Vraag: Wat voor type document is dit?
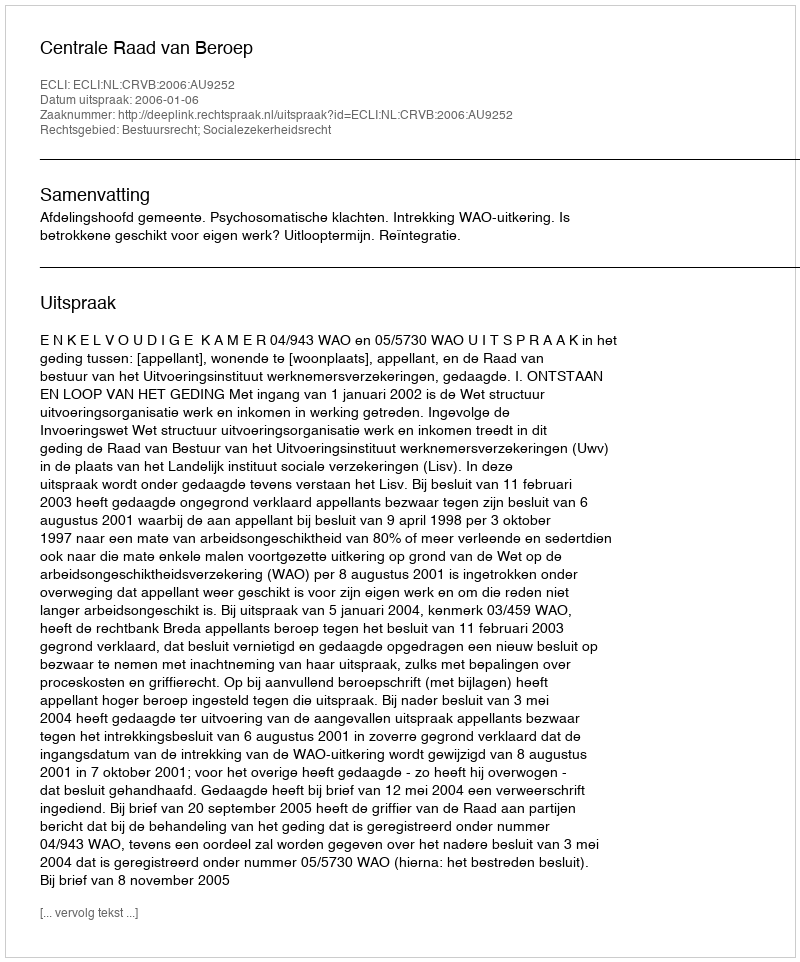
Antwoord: Uitspraak